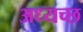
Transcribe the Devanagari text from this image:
अध्यच्छ